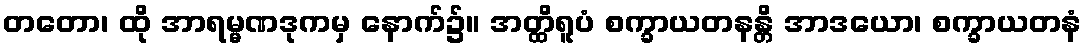
တတော၊ ထို အာရမ္မဏဒုကမှ နောက်၌။ အတ္ထိရူပံ စက္ခာယတနန္တိ အာဒယော၊ စက္ခာယတနံ